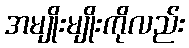
အမျိုးမျိုးကိုလည်း